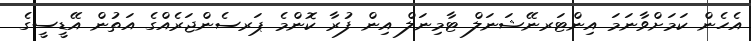
އެހެން ކަމަށްވާނަމަ އިންޓަރނޭޝަނަލް ޓާމިނަލް އިން ފުރާ ކޮންމެ ޕަރސެންޖަރެެއްގެ އަތުން އޭޑީސީގެ